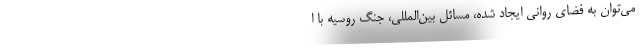
می‌توان به فضای روانی ایجاد شده، مسائل بین‌المللی، جنگ روسیه با ا